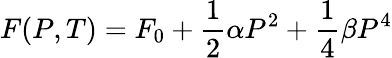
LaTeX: F(P,T)=F_{0}+\frac{1}{2}\alpha P^{2}+\frac{1}{4}\beta P^{4}